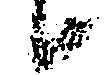
候